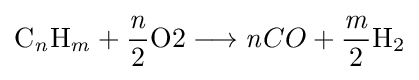
{\mathrm {C} {\vphantom {A}}_{\smash[{t}]{\mathit {n}}}\mathrm {H} {\vphantom {A}}_{\smash[{t}]{\mathit {m}}}{}+{}{\frac {\mathit {n}}{2}}{\text{O2}}{}\mathrel {\longrightarrow } {}{\mathit {n}}{CO}{}+{}{\frac {\mathit {m}}{2}}\mathrm {H} {\vphantom {A}}_{\smash[{t}]{2}}}